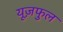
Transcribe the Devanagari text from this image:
यूज़फुल